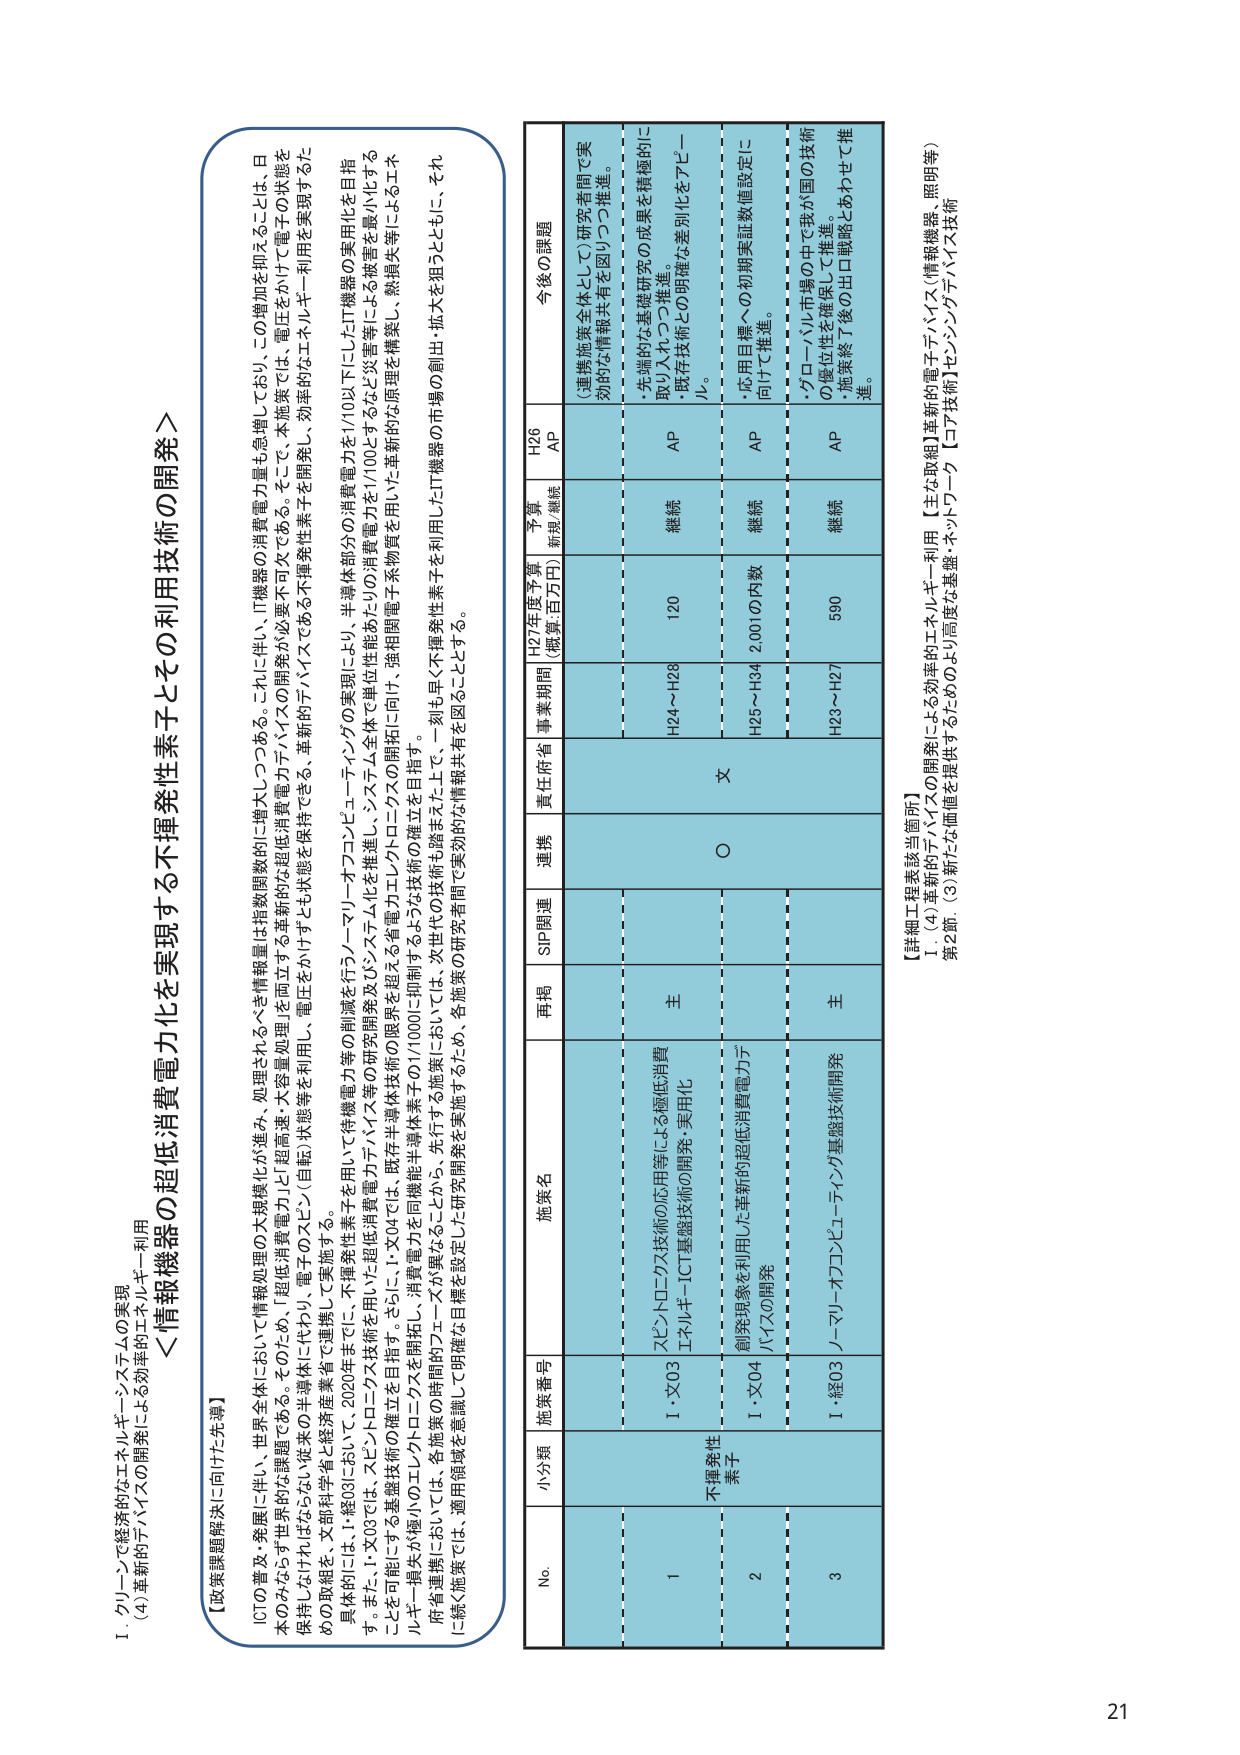
I. グリーンで経済的なエネルギー・システムの実現
(4) 革新的デバイスの開発による効率的エネルギー利用

＜情報機器の超低消費電力化を実現する不揮発性素子その利用技術の開発＞

【政策課題解決に向けた先導】
ICTの普及・発展に伴い、世界全体において情報処理の大規模化が進み、処理されるべき情報量は指数関数的に増大しつつある。これに伴い、IT機器の消費電力量も急増しており、この増加を抑えることは、日
本のみならず世界的な課題である。そのため、「超低消費電力」、「超高速・大容量処理」を両立する革新的な超低消費電力デバイスの開発が必要不可欠である。そこで、本施策では、電圧をかけずに電子の状態を
保持しつづけられる「従来の半導体に代わり、電子のスピン（自転）状態等を利用し、電圧をかけずとも状態を保持できる、革新的デバイスである不揮発性素子を開発し、効率的なエネルギー利用を実現するた
めの取組を、文部科学省と経済産業省で連携して実施する。
具体的には、I・X03では、2020年までに、不揮発性素子を用いて待機電力等の削減を行うソーマリ・オフコンピューティングの実現により、半導体部分の消費電力を1/10以下にしたIT機器の実用化を目指
す。また、I・X03では、スピントロニクス技術を用いた超低消費電力デバイス等の研究開発及びシステム化を推進し、システム全体で単位性能あたりの消費電力を1/100とするなど装置を最小化する
ことを可能にする基盤技術の確立を目指す。さらに、I・X04では、既存半導体技術の限界を超える省電力エレクトロニクスを開拓し、強相関電子系物質を用いた革新的な原理を構築し、熱損失等によるエネ
ルギー損失が極小のエレクトロニクスを開拓し、消費電力を削減する。
「府省連携」については、各施策の時間的フェーズが異なることから、先行する施策においては、次世代の技術も踏まえた上で、一刻も早く不揮発性素子を利用したIT機器の市場の創出・拡大を狙うとともに、それ
に続く施策では、適用領域を意識して明確な目標を設定した研究開発を実施するため、各施策の研究者間で実効的な情報共有を図ることとする。

No. 小分類 施策番号 施策名 再掲 SIP関連 連携 責任府省 事業期間 H27年度予算 (概算,百万円) 予算 新規/継続 H26 AP 今後の課題
1 不揮発性素子 I・X03 スピントロニクス技術の応用等による超低消費エネルギーICT基盤技術の開発・実用化 主 ○ 文 H24～H28 120 継続 AP ・先端的な基礎研究の成果を積極的に取り入れつつ推進。
・既存技術との明確な差別化をアピール。
2 I・X04 創発現象を利用した革新的超低消費電力デバイスの開発 H25～H34 2,001の内数 継続 AP ・応用目標への初期実証値設定に向けて推進。
3 I・X03 ノーマル・オフコンピューティング基盤技術開発 主 H23～H27 590 継続 AP ・グローバル市場の中で我が国の技術の優位性を確保して推進。
・施策終了後の出口戦略とあわせて推進。

【詳細工程表該当箇所】
I. (4) 革新的デバイスの開発による効率的エネルギー利用【主な取組】革新的電子デバイス（情報機器、照明等）
第2節. (3) 新たな価値を提供するためのより高度な基盤・ネットワーク【コア技術】センシングデバイス技術

21